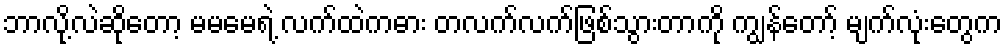
ဘာလို့လဲဆိုတော့ မမမေရဲ့ လက်ထဲကဓား တလက်လက်ဖြစ်သွားတာကို ကျွန်တော့် မျက်လုံးတွေက